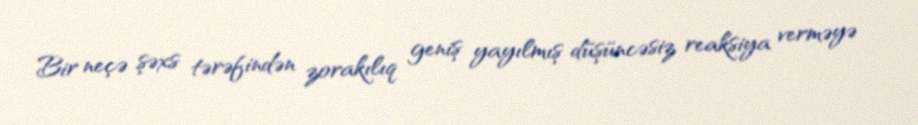
Bir neçə şəxs tərəfindən zorakılıq geniş yayılmış düşüncəsiz reaksiya verməyə